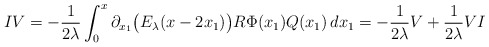
\begin{align*}IV= -\frac{1}{2\lambda}\int_0^x\partial_{x_1}\big(E_\lambda(x-2x_1)\big) R \Phi(x_1)Q(x_1)\,dx_1= -\frac{1}{2\lambda}V+\frac{1}{2\lambda}VI\end{align*}